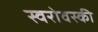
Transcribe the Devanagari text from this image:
स्वरोवस्की